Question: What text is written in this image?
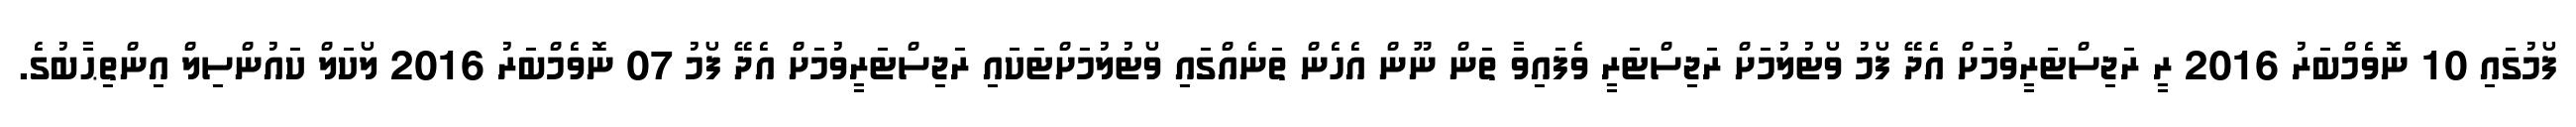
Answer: ފޯމުގައި 10 ނޮވެމްބަރު 2016 ރީ ރަޖިސްޓަރީވުމަށް އެދޭ ފޯމު ވޯޓުލުމަށް ރަޖިސްޓަރީ ވެފައިވާ ތަން ނޫން އެހެން ތަނެއްގައި ވޯޓުލުމަށްޓަކައި ރަޖިސްޓަރީވުމަށް އެދޭ ފޯމު 07 ނޮވެމްބަރު 2016 ލޯކަލް ކައުންސިލް އިންތިޙާބުގެ.